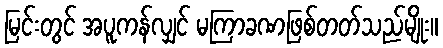
မြင်းတွင် အပူကန်လျှင် မကြာခဏဖြစ်တတ်သည်မျိုး။